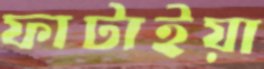
ফাটাইয়া